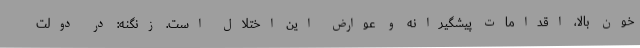
خون بالا، اقدامات پیشگیرانه و عوارض این اختلال است. زنگنه: در دولت